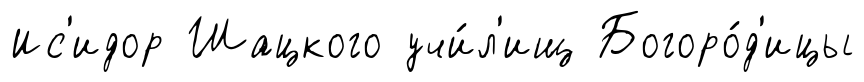
Ис'идор Шацкого учи́л'ищ Богоро́д'ицы